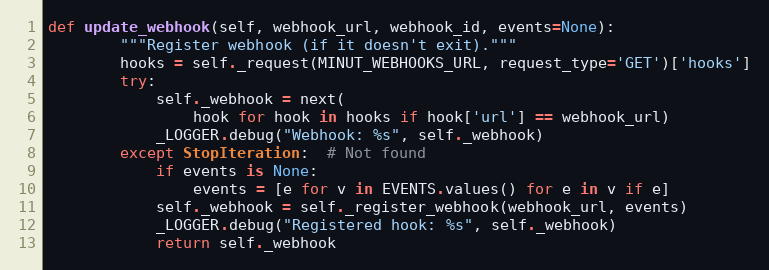
Language: Python
def update_webhook(self, webhook_url, webhook_id, events=None):
        """Register webhook (if it doesn't exit)."""
        hooks = self._request(MINUT_WEBHOOKS_URL, request_type='GET')['hooks']
        try:
            self._webhook = next(
                hook for hook in hooks if hook['url'] == webhook_url)
            _LOGGER.debug("Webhook: %s", self._webhook)
        except StopIteration:  # Not found
            if events is None:
                events = [e for v in EVENTS.values() for e in v if e]
            self._webhook = self._register_webhook(webhook_url, events)
            _LOGGER.debug("Registered hook: %s", self._webhook)
            return self._webhook